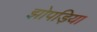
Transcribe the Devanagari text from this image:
झोपड़िया